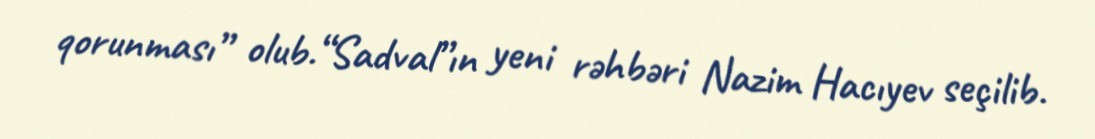
qorunması” olub.“Sadval”ın yeni rəhbəri Nazim Hacıyev seçilib.